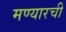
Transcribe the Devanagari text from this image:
मण्यारची